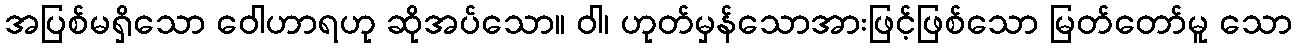
အပြစ်မရှိသော ဝေါဟာရဟု ဆိုအပ်သော။ ဝါ၊ ဟုတ်မှန်သောအားဖြင့်ဖြစ်သော မြတ်တော်မူ သော